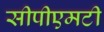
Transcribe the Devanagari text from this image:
सीपीएमटी